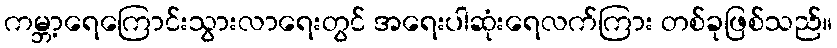
ကမ္ဘာ့ရေကြောင်းသွားလာရေးတွင် အရေးပါဆုံးရေလက်ကြား တစ်ခုဖြစ်သည်။